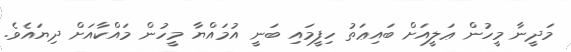
މަދީނާ މީހުން ޢަލީއަށް ބައިޢަތު ހިފީމައި ބަނީ އުމައްޔާ މީހުން މައްކާއަށް ދިޔައެވެ.